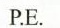
P.E.